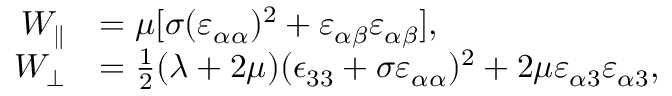
\begin{array} { r l } { W _ { \parallel } } & { = \mu [ \sigma ( \varepsilon _ { \alpha \alpha } ) ^ { 2 } + \varepsilon _ { \alpha \beta } \varepsilon _ { \alpha \beta } ] , } \\ { W _ { \perp } } & { = \frac { 1 } { 2 } ( \lambda + 2 \mu ) ( \epsilon _ { 3 3 } + \sigma \varepsilon _ { \alpha \alpha } ) ^ { 2 } + 2 \mu \varepsilon _ { \alpha 3 } \varepsilon _ { \alpha 3 } , } \end{array}